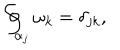
\oint _ { \alpha _ { j } } \omega _ { k } = \delta _ { j k } ,